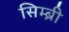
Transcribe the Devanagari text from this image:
सिम्ब्री